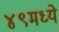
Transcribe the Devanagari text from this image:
४९मध्ये